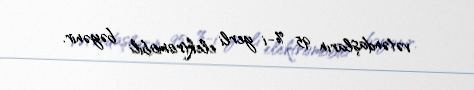
vətəndaşların 95 %-i yerli elektromobili bəyənir.